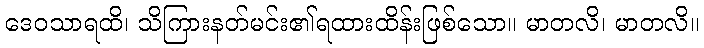
ဒေဝသာရထိ၊ သိကြားနတ်မင်း၏ရထားထိန်းဖြစ်သော။ မာတလိ၊ မာတလိ။